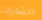
الشارات